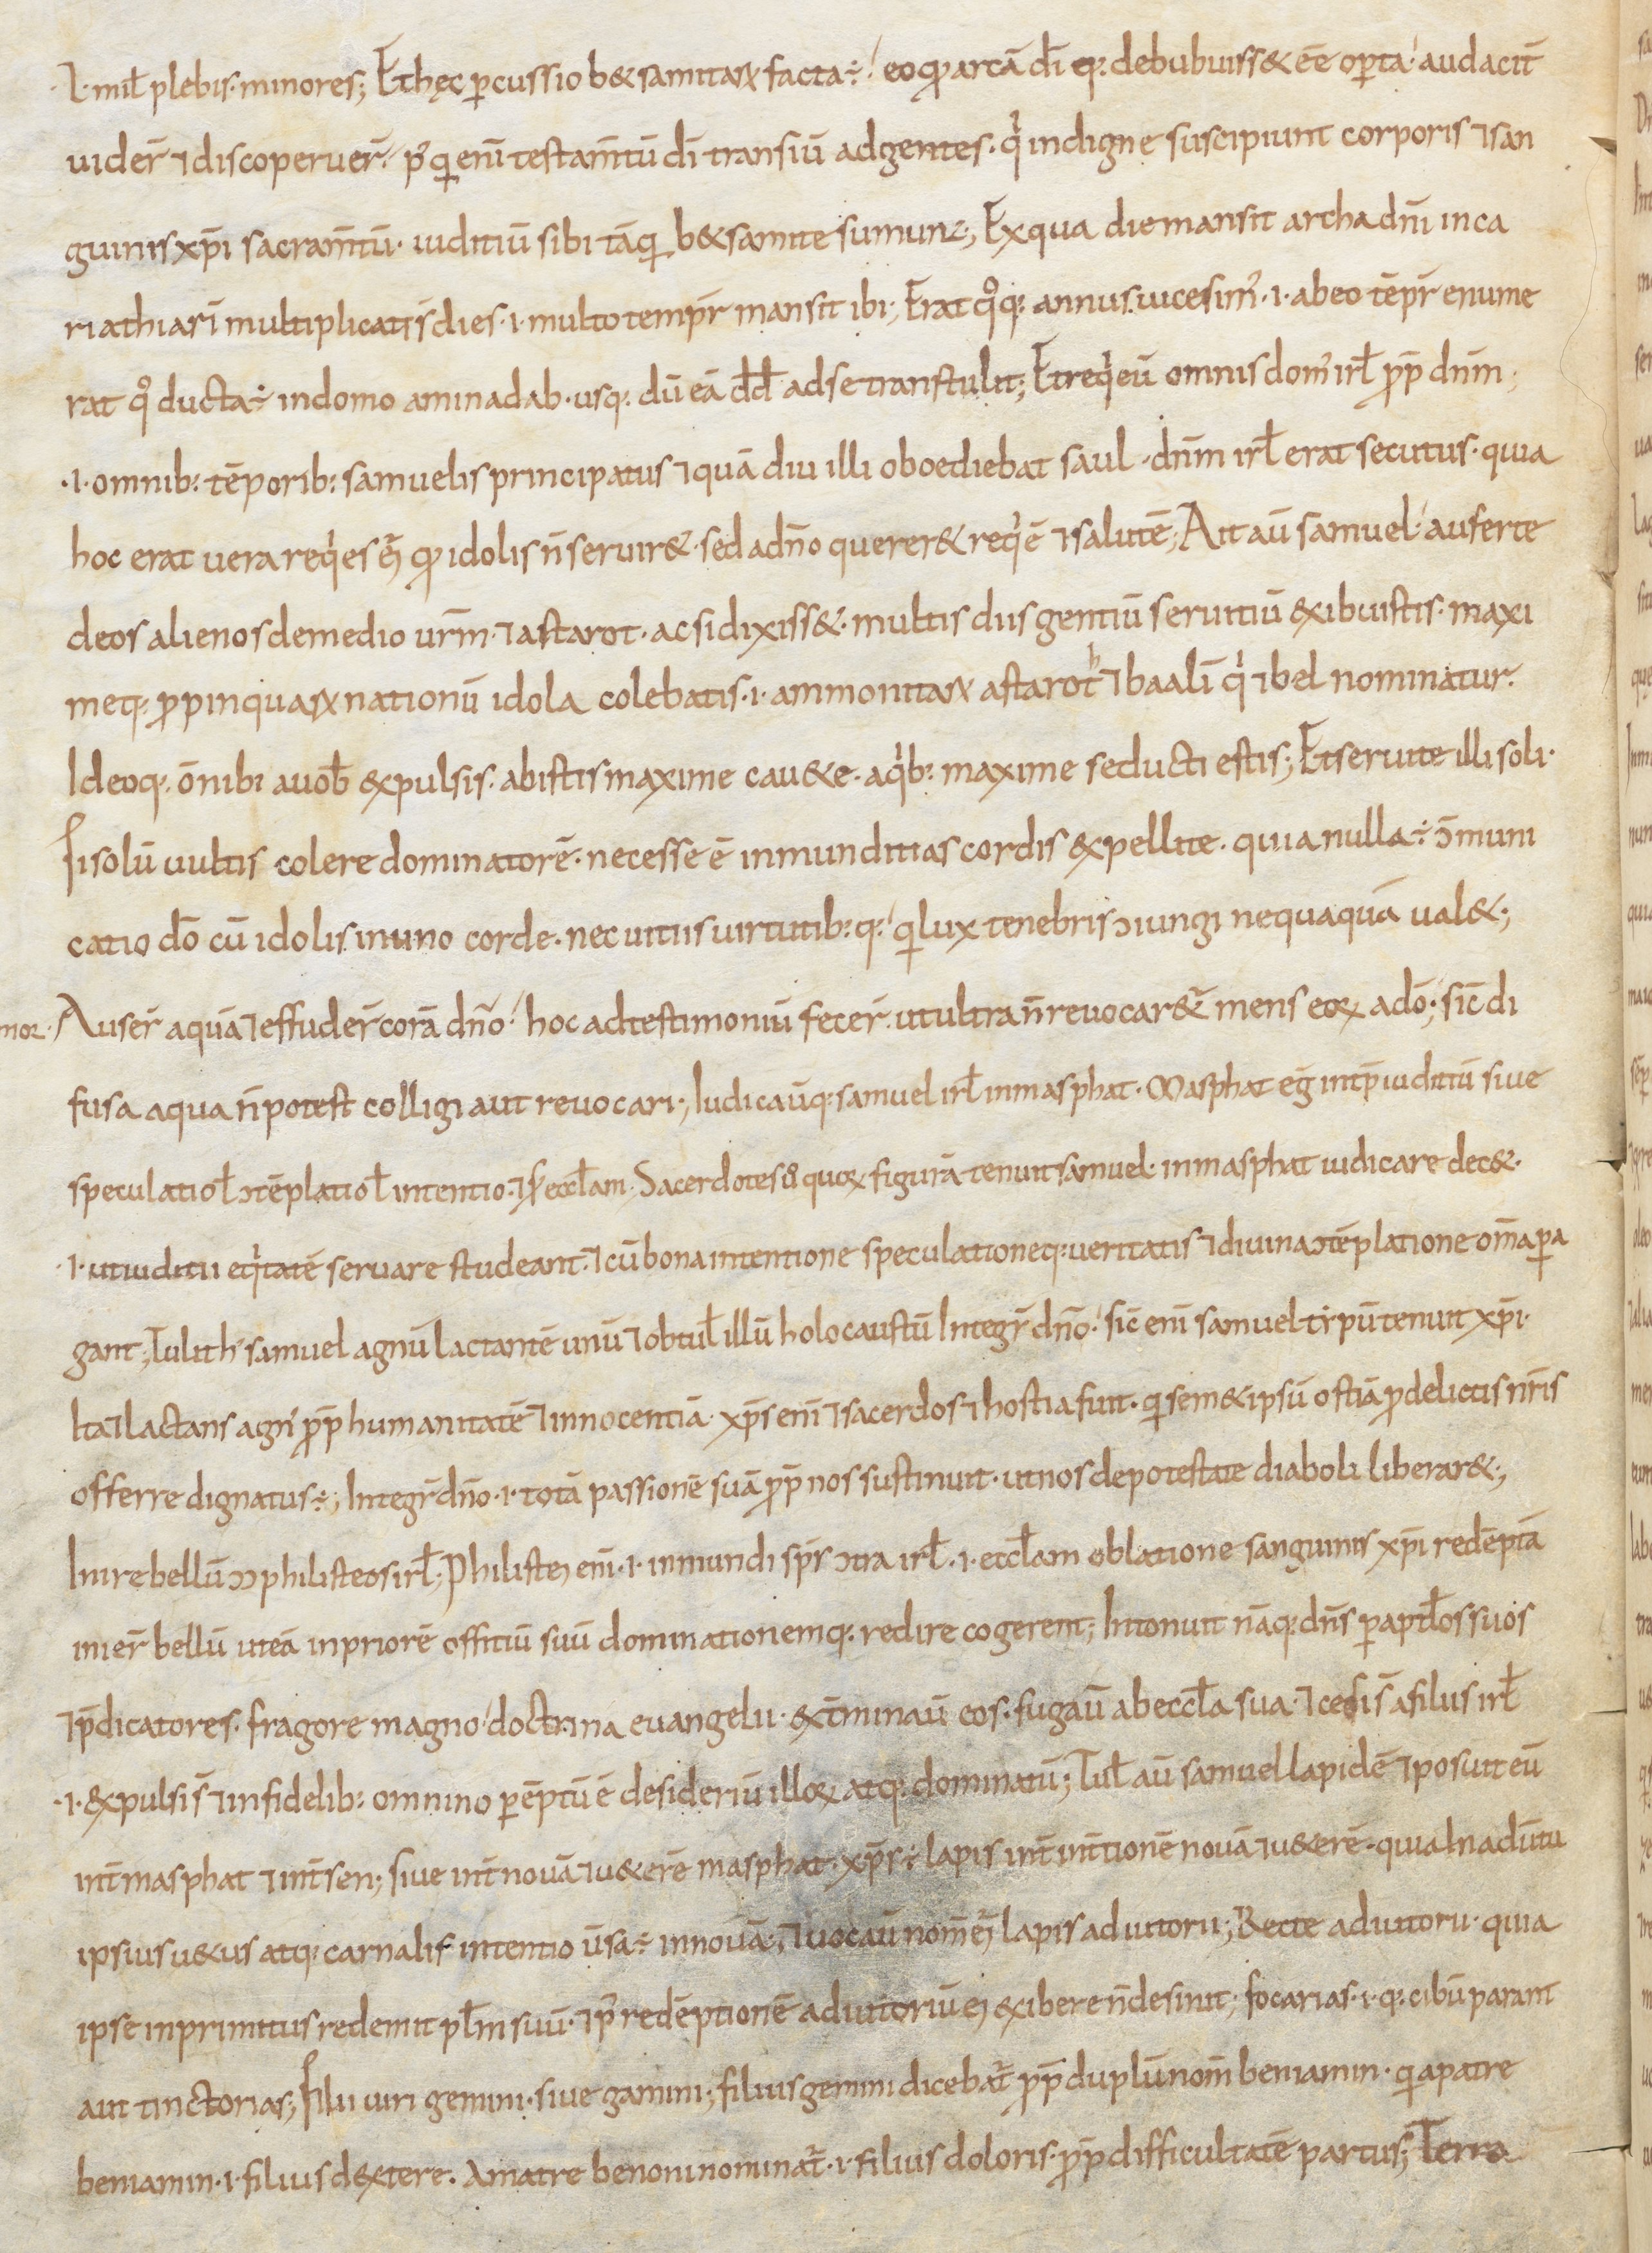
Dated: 800–899